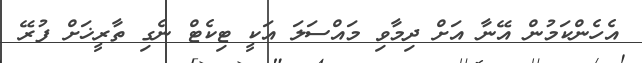
އެހެންކަމުން އޭނާ އަށް ދިމާވި މައްސަލަ އަކީ ޓިކެޓް ނެގި ތާރީޚަށް ފުރޭ